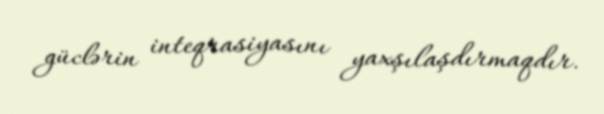
güclərin inteqrasiyasını yaxşılaşdırmaqdır.